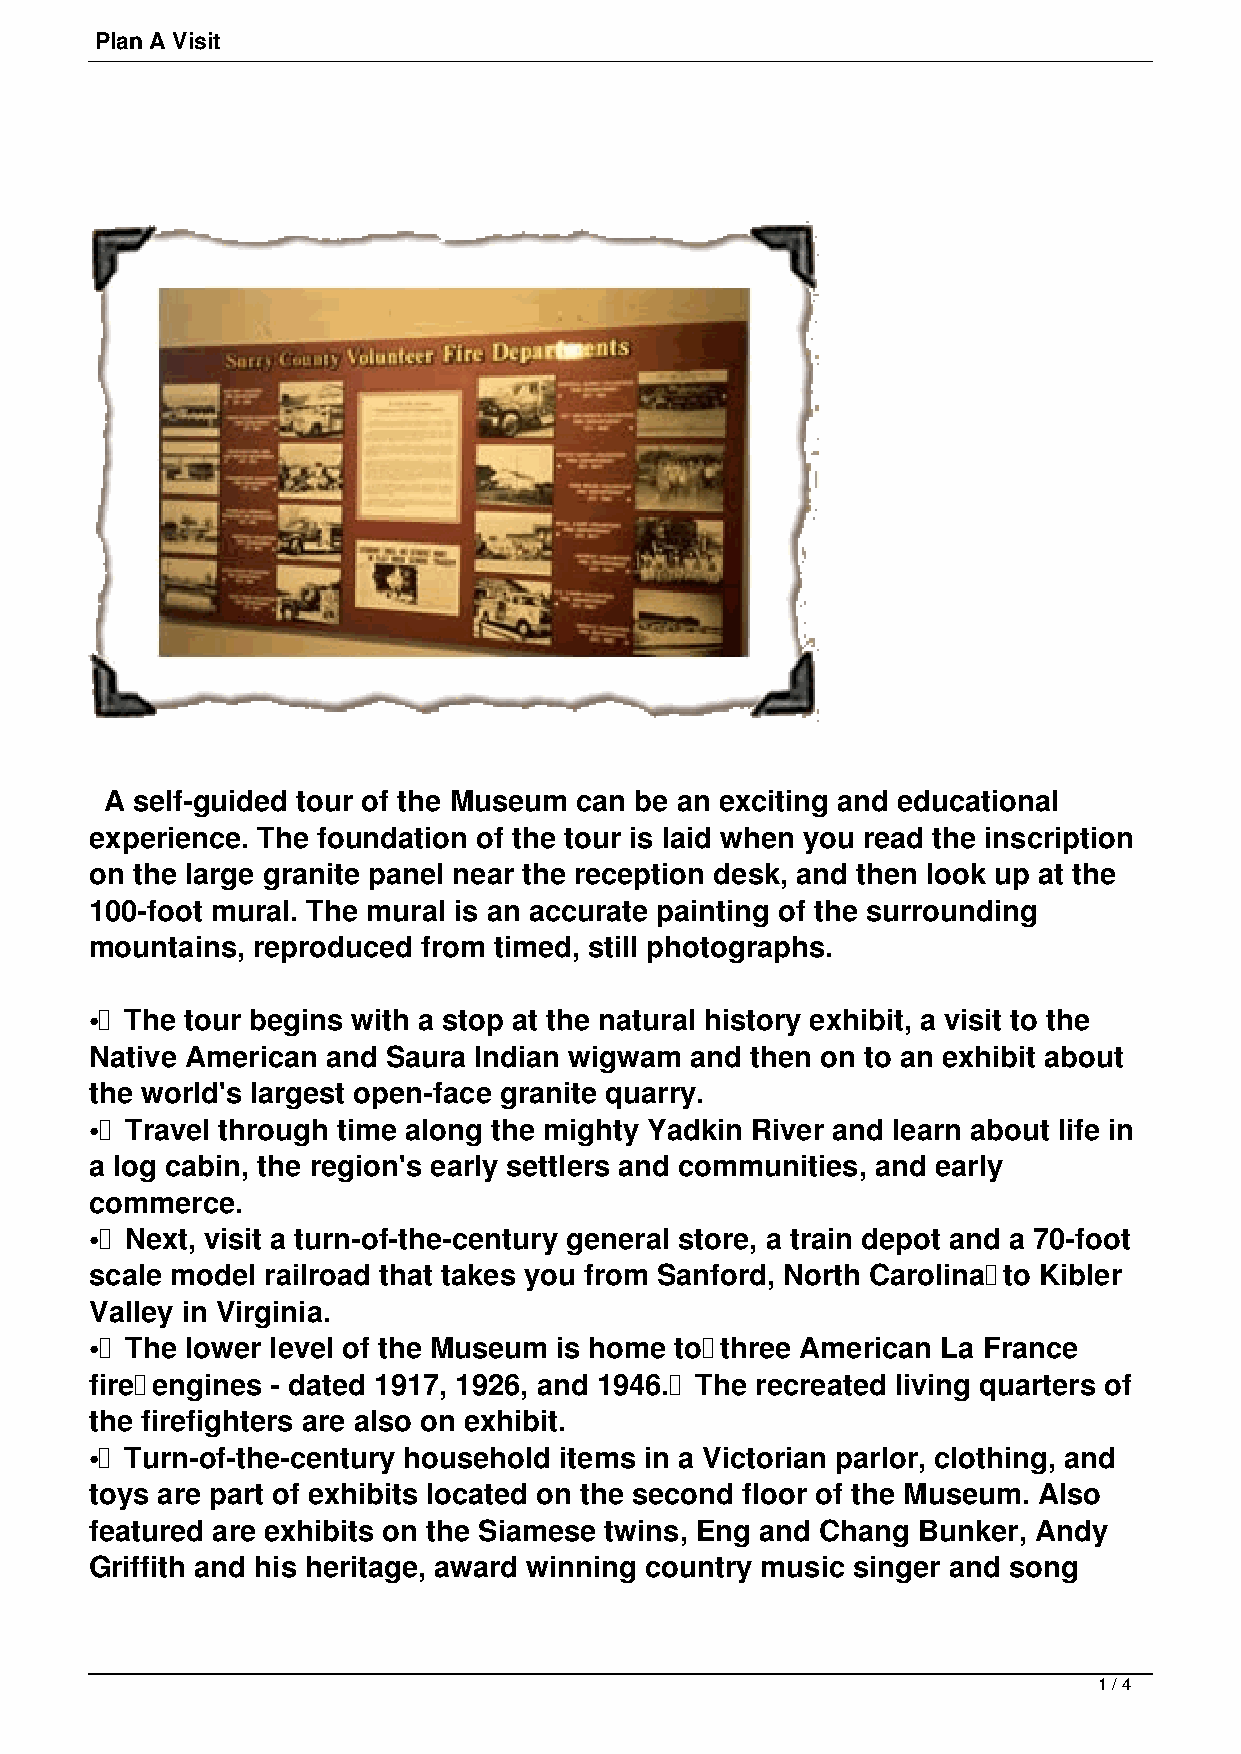
Plan A Visit
 A self-guided tour of the Museum can be an exciting and educational
 experience. The foundation of the tour is laid when you read the inscription
 on the large granite panel near the reception desk, and then look up at the
 100-foot mural. The mural is an accurate painting of the surrounding
 mountains, reproduced from timed, still photographs.
 • The tour begins with a stop at the natural history exhibit, a visit to the
 Native American and Saura Indian wigwam and then on to an exhibit about
 the world's largest open-face granite quarry.
 • Travel through time along the mighty Yadkin River and learn about life in
 a log cabin, the region's early settlers and communities, and early
 commerce.
 • Next, visit a turn-of-the-century general store, a train depot and a 70-foot
 scale model railroad that takes you from Sanford, North Carolina to Kibler
 Valley in Virginia.
 • The lower level of the Museum is home to three American La France
 fire engines - dated 1917, 1926, and 1946. The recreated living quarters of
 the firefighters are also on exhibit.
 • Turn-of-the-century household items in a Victorian parlor, clothing, and
 toys are part of exhibits located on the second floor of the Museum. Also
 featured are exhibits on the Siamese twins, Eng and Chang Bunker, Andy
 Griffith and his heritage, award winning country music singer and song
 1 / 4